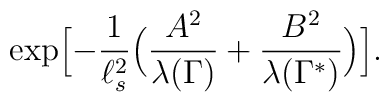
\exp\Bigl[-{1\over \ell_s^2}\Bigl({A^2\over \lambda(\Gamma)} + {B^2\over \lambda(\Gamma^*)}\Bigr)\Bigr] .